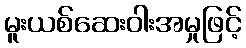
မူးယစ်ဆေးဝါးအမှုဖြင့်